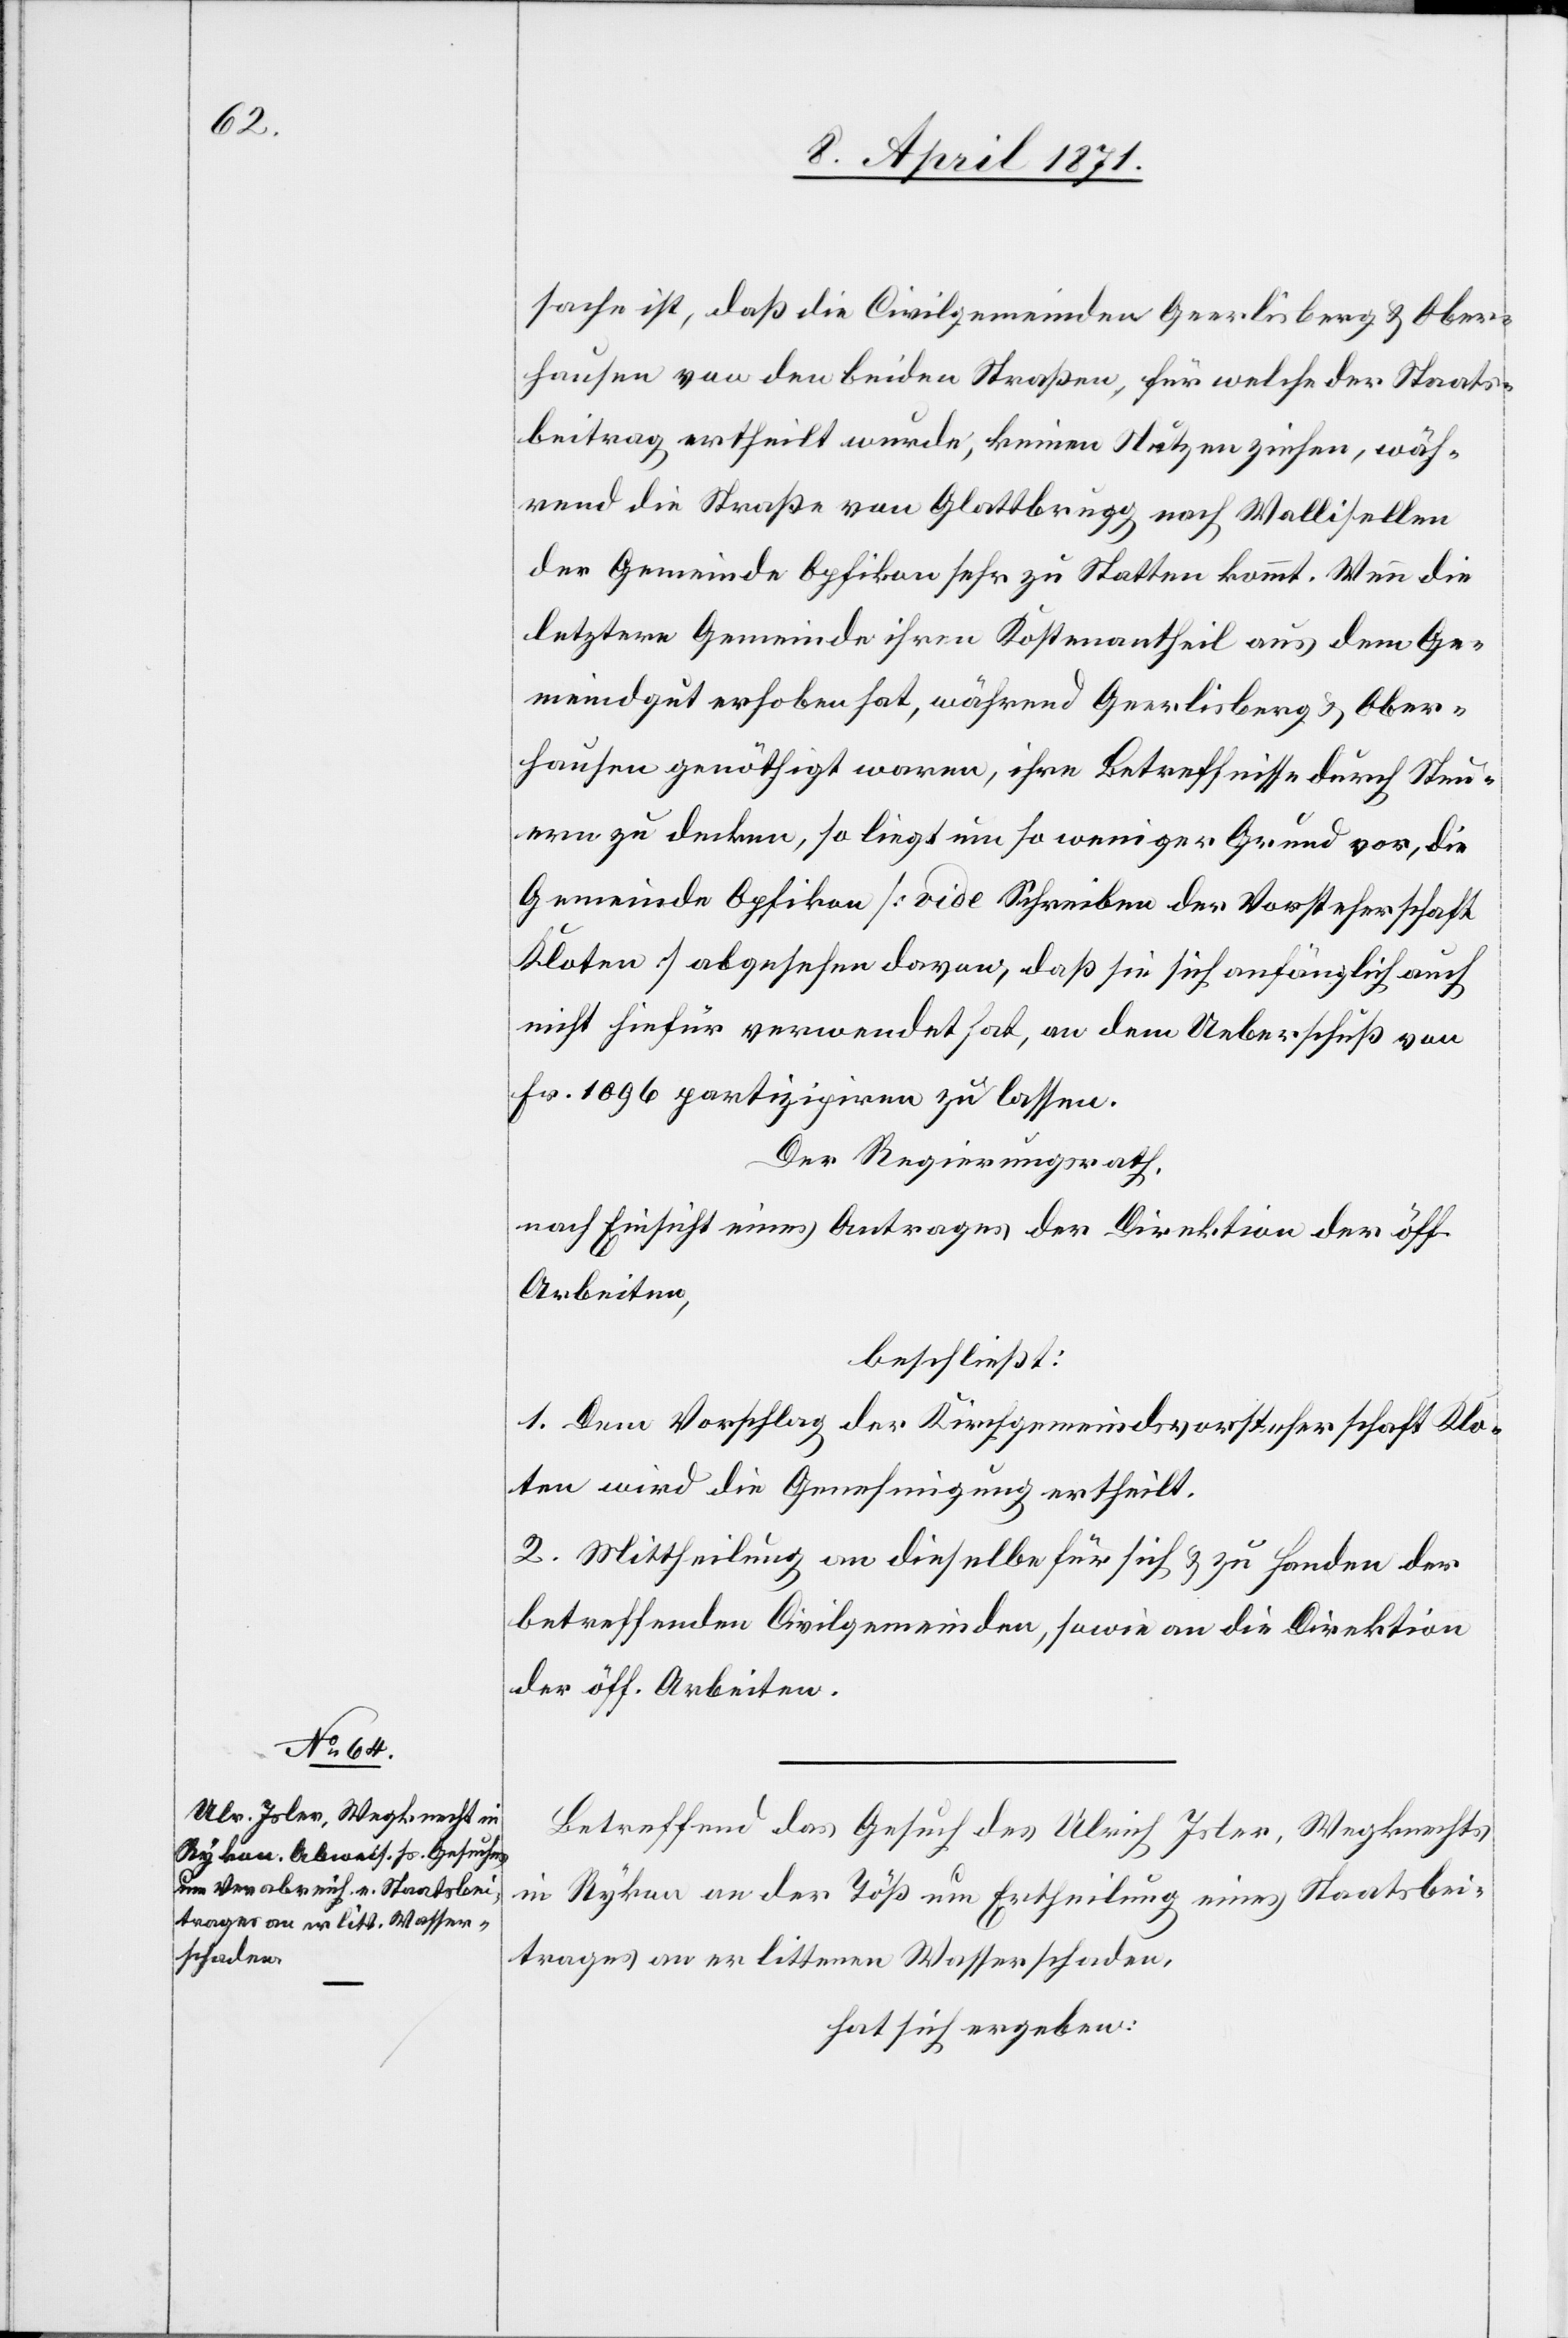
sache ist, daß die Civilgemeinden Geerlisberg u. Ober¬
hausen von den beiden Straßen, für welche der Staats¬
beitrag ertheilt wurde, keinen Nutzen ziehen, wäh¬
rend die Straße von Glattbrugg nach Wallisellen
der Gemeinde Opfikon sehr zu Statten kommt. Wenn die
letztere Gemeinde ihren Kostenantheil aus dem Ge¬
meindgut erhoben hat, während Geerlisberg u. Ober¬
hausen genöthigt waren, ihre Betreffnisse durch Steu¬
ern zu decken, so liegt um so weniger Grund vor, die
Gemeinde Opfikon [vide Schreiben der Vorsteherschaft
Kloten] abgesehen davon, daß sie sich anfänglich auch
nicht hiefür verwendet hat, an dem Ueberschuß von
Fr. 1096 partizipiren zu lassen.
Der Regierungsrath
nach Einsicht eines Antrages der Direktion der öff.
Arbeiten,
beschließt:
1. Dem Vorschlag der Kirchgemeindsvorsteherschaft Klo¬
ten wird die Genehmigung ertheilt.
2. Mittheilung an dieselbe für sich u. zu Handen der
betreffenden Civilgemeinden, sowie an die Direktion
der öff. Arbeiten.
Betreffend das Gesuch des Ulrich Isler, Wegknechts
in Rykon an der Töß um Ertheilung eines Staatsbei¬
trages an erlittenen Wasserschaden,
hat sich ergeben: